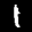
Label: 1